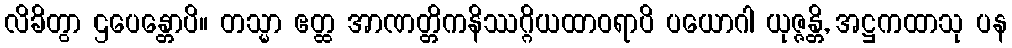
လိခိတွာ ဌပေန္တောပိ။ တသ္မာ ဧတ္ထ အာဏတ္တိကနိဿဂ္ဂိယထာဝရာပိ ပယောဂါ ယုဇ္ဇန္တိ, အဋ္ဌကထာသု ပန